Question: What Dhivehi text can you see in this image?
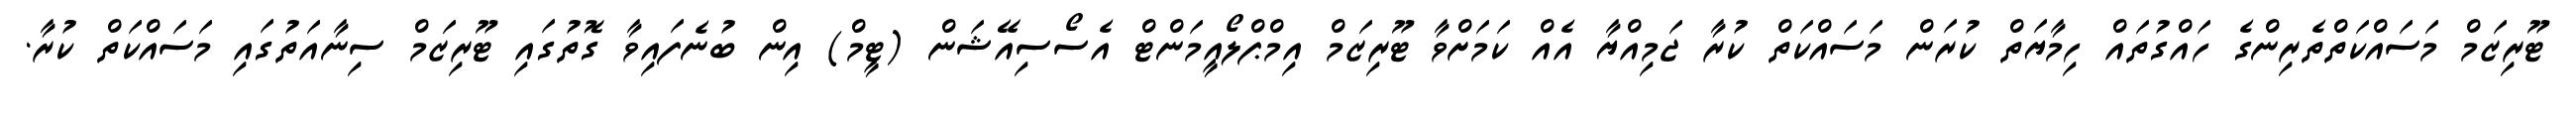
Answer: ޓޫރިޒަމް މަސައްކަތްތެރިންގެ ހައްގުތައް ހިމާޔަތް ކުރަން މަސައްކަތް ކުރާ ޖަމިއްޔާ އެއް ކަމަށްވާ ޓޫރިޒަމް އިމްޕްލޯއީމަންޓް އެސޯސިއޭޝަން (ޓީމް) އިން ބުނެފައިވާ ގޮތުގައި ޓޫރިޒަމް ސިނާއަތުގައި މަސައްކަތް ކުރާ.